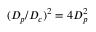
( D _ { p } / D _ { c } ) ^ { 2 } = 4 D _ { p } ^ { 2 }